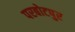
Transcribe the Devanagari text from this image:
परबोटपुर